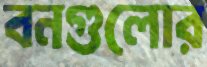
বনগুলোর